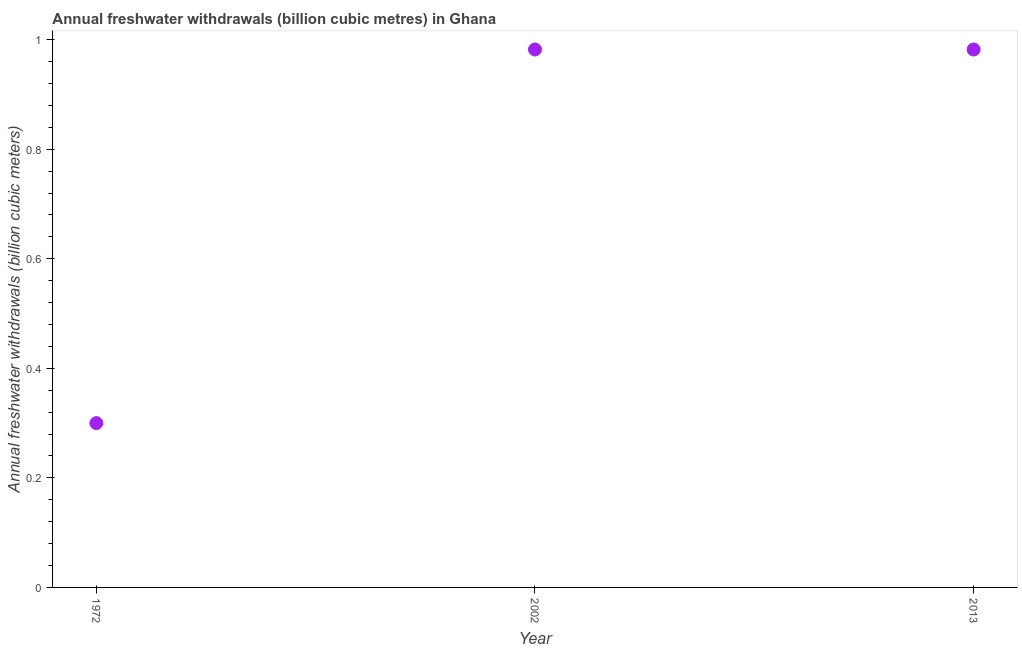
| Year | Annual freshwater withdrawals |
 | --- | --- |
 | 1972 | 0.3 |
 | 2002 | 0.982 |
 | 2013 | 0.982 |